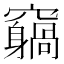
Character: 𥨵